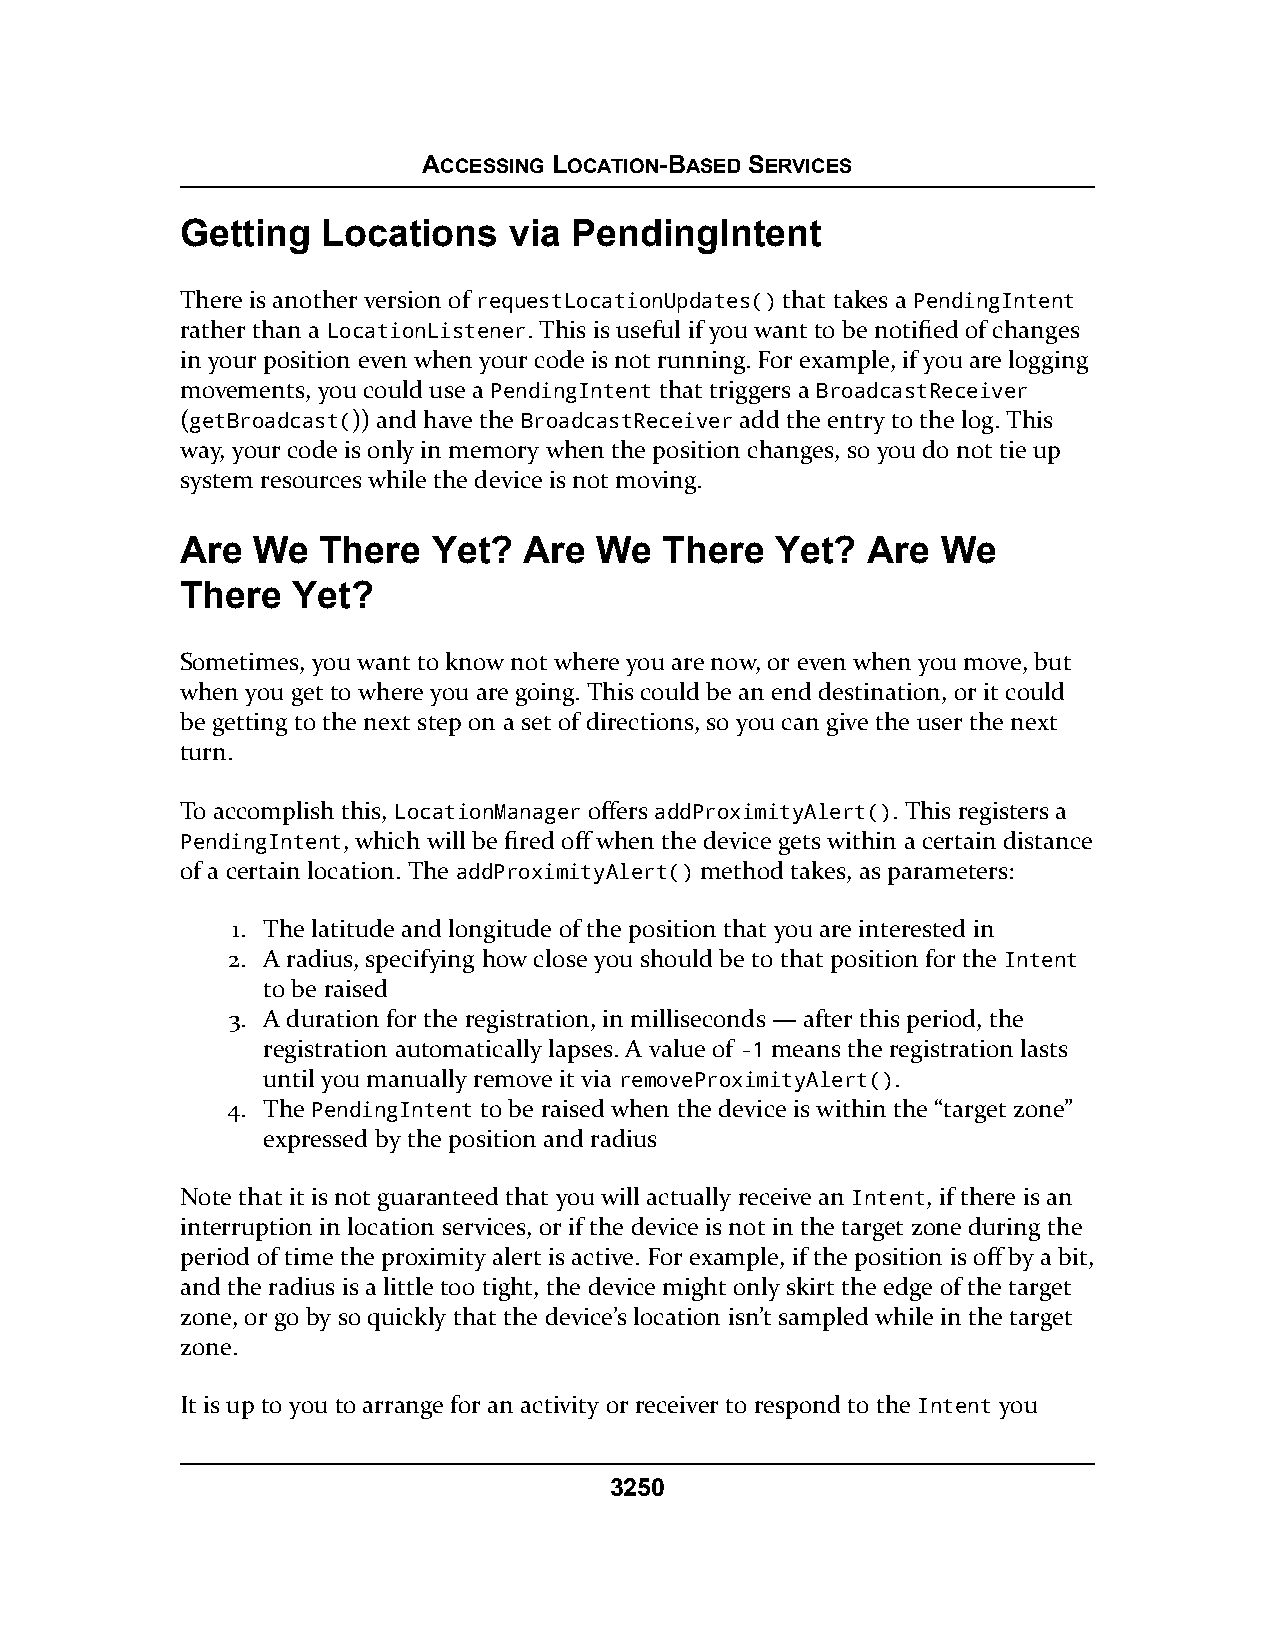
ACCESSING LOCATION-BASED SERVICES
 Getting  Locations    via PendingIntent
 There is another version of requestLocationUpdates() that takes a PendingIntent
 rather than a LocationListener. This is useful if you want to be notified of changes
 in your position even when your code is not running. For example, if you are logging
 movements, you could use a PendingIntent that triggers a BroadcastReceiver
 (getBroadcast()) and have the BroadcastReceiver add the entry to the log. This
 way, your code is only in memory when the position changes, so you do not tie up
 system resources while the device is not moving.
 Are  We  There   Yet?  Are  We  There  Yet?  Are  We
 There  Yet?
 Sometimes, you want to know not where you are now, or even when you move, but
 when you get to where you are going. This could be an end destination, or it could
 be getting to the next step on a set of directions, so you can give the user the next
 turn.
 To accomplish this, LocationManager offers addProximityAlert(). This registers a
 PendingIntent, which will be fired off when the device gets within a certain distance
 of a certain location. The addProximityAlert() method takes, as parameters:
 1. The latitude and longitude of the position that you are interested in
 2. A radius, specifying how close you should be to that position for the Intent
 to be raised
 3. A duration for the registration, in milliseconds — after this period, the
 registration automatically lapses. A value of -1 means the registration lasts
 until you manually remove it via removeProximityAlert().
 4. The PendingIntent to be raised when the device is within the “target zone”
 expressed by the position and radius
 Note that it is not guaranteed that you will actually receive an Intent, if there is an
 interruption in location services, or if the device is not in the target zone during the
 period of time the proximity alert is active. For example, if the position is off by a bit,
 and the radius is a little too tight, the device might only skirt the edge of the target
 zone, or go by so quickly that the device’s location isn’t sampled while in the target
 zone.
 It is up to you to arrange for an activity or receiver to respond to the Intent you
 3250